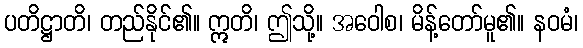
ပတိဋ္ဌာတိ၊ တည်နိုင်၏။ ဣတိ၊ ဤသို့။ အဝေါစ၊ မိန့်တော်မူ၏။ နဝမံ၊